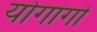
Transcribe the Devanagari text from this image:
योगांगों